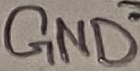
Text: GND